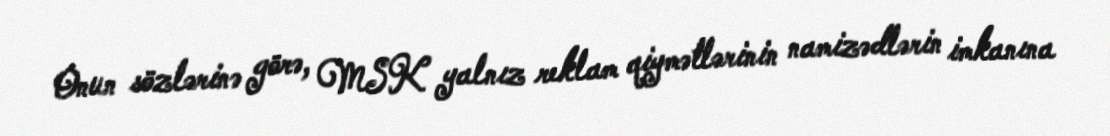
Onun sözlərinə görə, MSK yalnız reklam qiymətlərinin namizədlərin imkanına